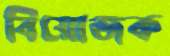
বিয়োজক